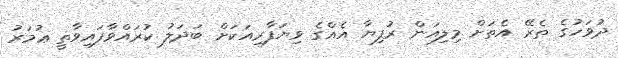
ދުވަހުގެ ތެރޭ އެތަށް މިލިއަން ރުފިޔާ އެއްގެ ވިޔަފާރިއަކަށް ބަދަލު ކުރައްވާފައިވާތީ ޢުމަރު